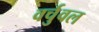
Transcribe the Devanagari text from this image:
वर्चुवल